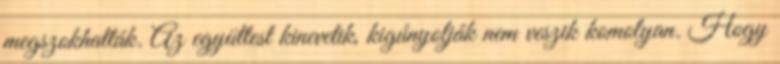
megszokhatták. Az együttest kinevetik, kigúnyolják nem veszik komolyan. Hogy